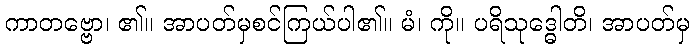
ကာတဗ္ဗော၊ ၏။ အာပတ်မှစင်ကြယ်ပါ၏။ မံ၊ ကို။ ပရိသုဒ္ဓေါတိ၊ အာပတ်မှ